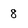
Character: 8